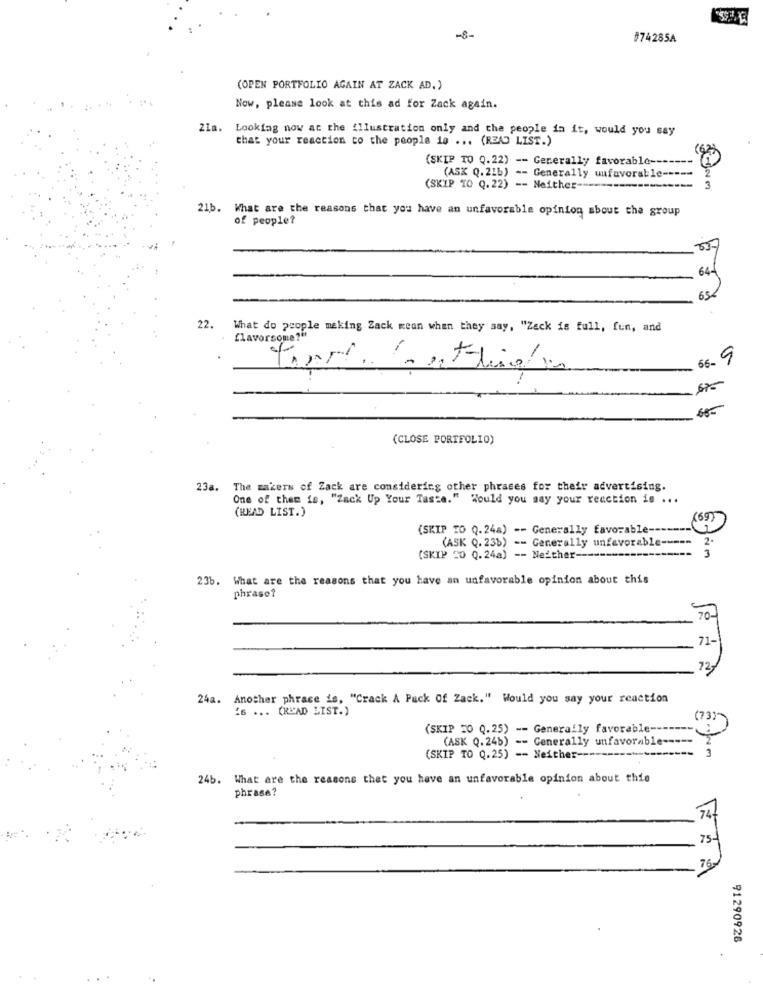
-8-
#74285A
(OPEN PORTFOLIO AGAIN AT ZACK AD.)
Now, please look at this ad for Zack again.
21a.
Looking now at the illustration only and the people in it, would you say
that your reaction to the people is ... (READ LIST.)
(SKIP TO Q.22) -- Generally favorable -------
(ASK Q. 21b) -- Generally uufavorable -----
(SKIP TO Q. 22) -- Neither -----
21b. What are the reasons that you have an unfavorable opinion about the group
of people?
22.
What do people making Zack mean when they say, "Zack is full, fun, and
flavorsome?"
66-9
675
(CLOSE PORTFOLIO)
23a. The makers of Zack are considering other phrases for their advertising.
One of them is, ""Zack Up Your Taste." Would you say your reaction 1. ...
(READ LIST.)
(69)
(SKIP TO Q. 24a) -- Generally favorable --
(ASK Q. 23b) -- Generally unfavorable --
2.
3
(SKIP 20 Q.24a) -- Nežther ------
23b. What are the reasons that you have an unfavorable opinion about this
phrase?
70-
71-
72-
24a. Another phrase is, "Crack A Pack Of Zack." Would you say your reaction
's ... (READ LIST.)
(73)
(SKIP 20 Q. 25) -- Generally favorable ---
(ASK Q. 24b) -- Generally unfavorable
(SKIP TO Q.25) -- Neither -------
24b. What are the reasons that you have an unfavorable opinion about this
phrase?
75-
A
91290928